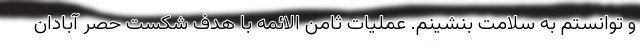
و توانستم به سلامت بنشینم. عملیات ثامن الائمه با هدف شکست حصر آبادان